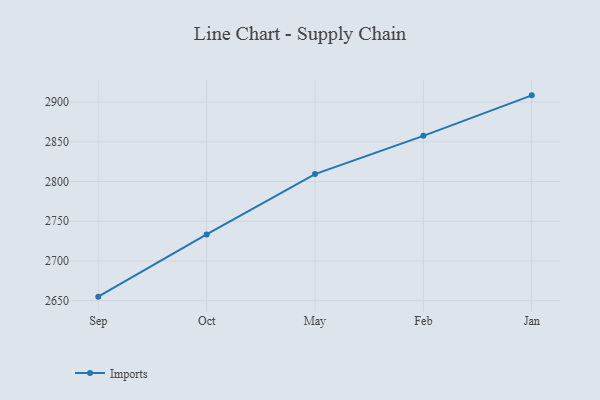
{"axis": {"x": "Month", "y": "Satisfaction Score"}, "legend": ["Imports"], "data": [{"x": "Sep", "y": 2655.1, "type": "Imports"}, {"x": "Oct", "y": 2733.4, "type": "Imports"}, {"x": "May", "y": 2809.4, "type": "Imports"}, {"x": "Feb", "y": 2857.5, "type": "Imports"}, {"x": "Jan", "y": 2908.5, "type": "Imports"}]}